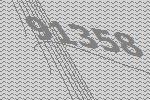
91358